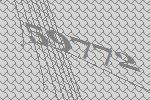
59772